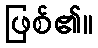
ဖြစ်၏။